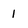
Character: 1